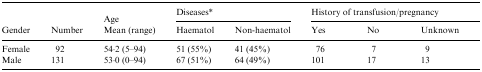
<table><thead><tr><td></td><td></td><td></td><td colspan="2"><b>Diseases*</b></td><td colspan="3"><b>History of transfusion/pregnancy</b></td></tr><tr><td><b>Gender</b></td><td><b>Number</b></td><td><b>Age Mean (range)</b></td><td><b>Haematol</b></td><td><b>Non-haematol</b></td><td><b>Yes</b></td><td><b>No</b></td><td><b>Unknown</b></td></tr></thead><tbody><tr><td>Female</td><td>92</td><td>54·2 (5–94)</td><td>51 (55%)</td><td>41 (45%)</td><td>76</td><td>7</td><td>9</td></tr><tr><td>Male</td><td>131</td><td>53·0 (0–94)</td><td>67 (51%)</td><td>64 (49%)</td><td>101</td><td>17</td><td>13</td></tr></tbody></table>